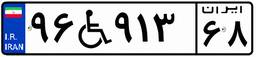
۹۶W۹۱۳۶۸